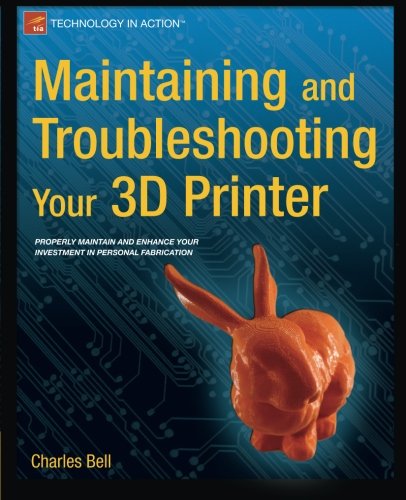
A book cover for Maintaining and Troubleshooting Your 3D Printer; Charles Bell; Computers & Technology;